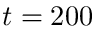
t = 2 0 0